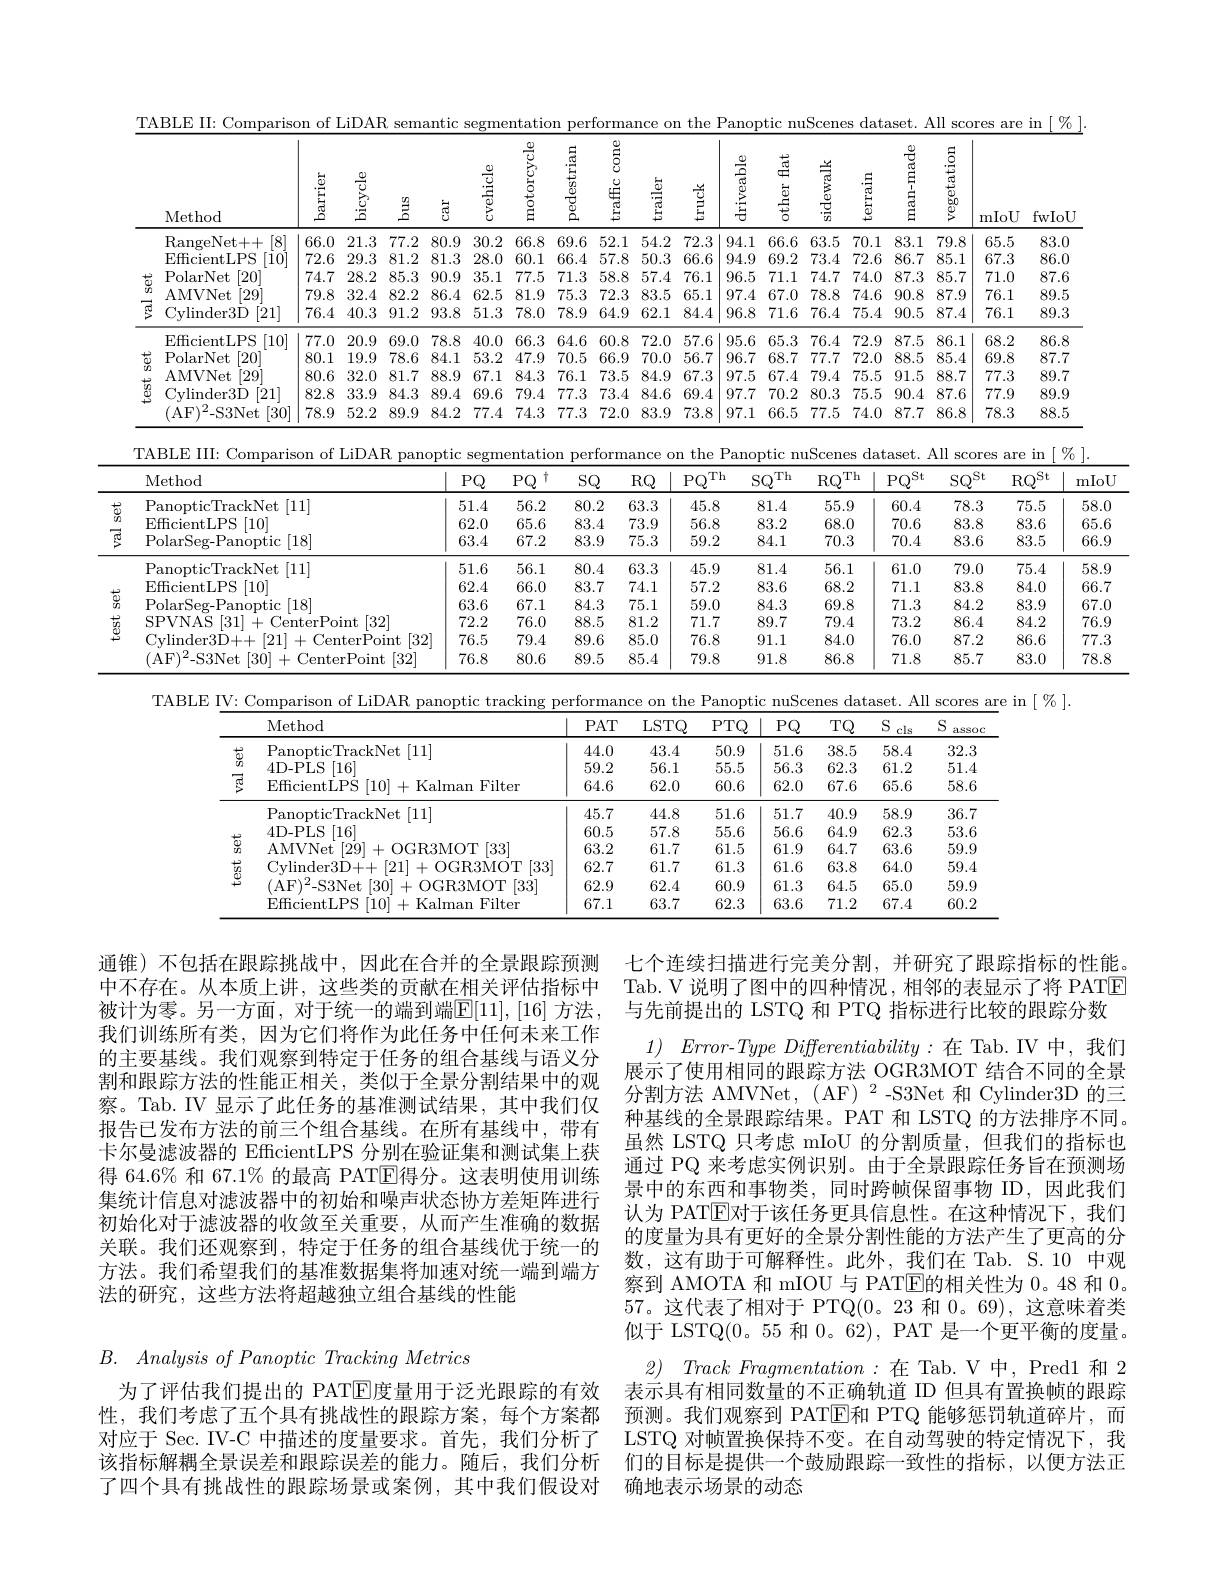
TABLE II: Comparison of LiDAR semantic segmentation performance on the Panoptic nuScenes dataset. All scores are in [ %
<table>
	<tbody>
		<tr>
			<th> </th>
			<th>Method</th>
			<th>barrier</th>
			<th>$\begin{array}{c}{\frac{0}{5}}\\{\frac{5}{5}}\\{\frac{5}{5}}\\{\frac{5}{5}}\end{array}$</th>
			<th>$\underline{等}$</th>
			<th>चु</th>
			<th>$\frac{12}{3}$ LVelll</th>
			<th>motorcycle</th>
			<th>pedestrian</th>
			<th>traffic cone</th>
			<th>$\begin{array}{c}{\frac{5}{5}}\\{\frac{6}{5}}\\{\frac{5}{5}}\end{array}$</th>
			<th>$\stackrel{\begin{array}{c}{\hline0}\\{\mathrm{B}}\end{array}}$</th>
			<th>$\operatorname{driveable}$</th>
			<th>driveable</th>
			<th>sidewalk</th>
			<th>$\operatorname{terrain}$</th>
			<th>man- made</th>
			<th>vegetation</th>
			<th>mIoU</th>
			<th>fwIoU</th>
		</tr>
		<tr>
			<td> </td>
			<td>[8] RangeNet+ + </td>
			<td>66.0</td>
			<td>1.3 7</td>
			<td>7.2 81</td>
			<td>).9 30</td>
			<td>.2 66</td>
			<td>66.8</td>
			<td>69.6</td>
			<td>52.1</td>
			<td>54.2</td>
			<td>72.3</td>
			<td>94.1</td>
			<td>4.1 6</td>
			<td>6 63.</td>
			<td>70.1</td>
			<td>83.1</td>
			<td>79.8</td>
			<td>65.5</td>
			<td>83.0</td>
		</tr>
		<tr>
			<td> </td>
			<td>$[10^{\cdot}]$ EfficientLPS</td>
			<td>72.6</td>
			<td>9.3 8</td>
			<td>1.2 8</td>
			<td>.3 28</td>
			<td>$i.0$ 60</td>
			<td>60.1</td>
			<td>66.4</td>
			<td>57.8</td>
			<td>50.3</td>
			<td>66.6</td>
			<td>94.9</td>
			<td>4.9 6</td>
			<td>73. 2</td>
			<td>72.6</td>
			<td>86.7</td>
			<td>85.1</td>
			<td>67.3</td>
			<td>86.0</td>
		</tr>
		<tr>
			<td>$\square$ + 1 $n1$</td>
			<td>[20] PolarNet</td>
			<td>74.7</td>
			<td>8.2 8</td>
			<td>5.3 9(</td>
			<td>).9 35</td>
			<td>77 1</td>
			<td>77.5</td>
			<td>71.3</td>
			<td>58.8</td>
			<td>57.4</td>
			<td>76.1</td>
			<td>96.5</td>
			<td>6.5 7</td>
			<td>1 74.</td>
			<td>74.0</td>
			<td>87.3 1</td>
			<td>85.7</td>
			<td>71.0</td>
			<td>87.6</td>
		</tr>
		<tr>
			<td>$vn$ -</td>
			<td>$\left|29\right|$ AMVNet</td>
			<td>79.8</td>
			<td>2.4 8</td>
			<td>2.2 8</td>
			<td>$j.4$ 62</td>
			<td>.5 81</td>
			<td>81.9</td>
			<td>75.3</td>
			<td>72.3</td>
			<td>83.5</td>
			<td>65.1</td>
			<td>97.4</td>
			<td>7.4 6</td>
			<td>78. 0</td>
			<td>74.6</td>
			<td>90.8 1</td>
			<td>87.9</td>
			<td>76.1</td>
			<td>89.5</td>
		</tr>
		<tr>
			<td></td>
			<td>Cylinder3D [21]</td>
			<td>76.4</td>
			<td>0.3 9</td>
			<td>1.2 9;</td>
			<td>51 3.8</td>
			<td>.3 78 </td>
			<td>78.0</td>
			<td>78.9</td>
			<td>64.9</td>
			<td>62.1</td>
			<td>84.4</td>
			<td>96.8</td>
			<td>6.8 7</td>
			<td>76. 6</td>
			<td>75.4</td>
			<td>90.5</td>
			<td>87.4</td>
			<td>76.1</td>
			<td>89.3</td>
		</tr>
		<tr>
			<td> </td>
			<td>EfficientLPS [10]</td>
			<td>77.0</td>
			<td>0.9 6</td>
			<td>9.0 $7i$</td>
			<td>3.8 40</td>
			<td>.0 66</td>
			<td>66.3</td>
			<td>64.6</td>
			<td>60.8</td>
			<td>72.0</td>
			<td>57.6</td>
			<td>95.6</td>
			<td>5.6 6</td>
			<td>3 76.</td>
			<td>72.9</td>
			<td>87.5</td>
			<td>86.1</td>
			<td>68.2</td>
			<td>86.8</td>
		</tr>
		<tr>
			<td rowspan="4">$\textbf{test set}$</td>
			<td>PolarNet [20]</td>
			<td>80.1</td>
			<td>9.9 7</td>
			<td>8.6 8</td>
			<td>1.1 53 </td>
			<td>$i.2$ 47</td>
			<td>47.9</td>
			<td>70.5</td>
			<td>66.9</td>
			<td>70.0</td>
			<td>56.7</td>
			<td>96.7</td>
			<td>6.7 6</td>
			<td>7 77.</td>
			<td>72.0</td>
			<td>88.5 1</td>
			<td>85.4</td>
			<td>69.8</td>
			<td>87.7</td>
		</tr>
		<tr>
			<td>AMVNet [29]</td>
			<td>80.6</td>
			<td>2.0 8</td>
			<td>1.7 8:</td>
			<td>3.9 67</td>
			<td>1 84</td>
			<td>84.3</td>
			<td>76.1</td>
			<td>73.5</td>
			<td>84.9</td>
			<td>67.3</td>
			<td>97.5</td>
			<td>7.5 6</td>
			<td>4 79.</td>
			<td>75.5</td>
			<td>91.5</td>
			<td>88.7</td>
			<td>77.3</td>
			<td>89.7</td>
		</tr>
		<tr>
			<td>Cylinder3D [21]</td>
			<td>82.8</td>
			<td>3.9 8</td>
			<td>4.3 8!</td>
			<td>).4 69</td>
			<td>.6 79</td>
			<td>79.4</td>
			<td>77.3</td>
			<td>73.4</td>
			<td>84.6</td>
			<td>69.4</td>
			<td>97.7</td>
			<td>7.7 7</td>
			<td>2 80.</td>
			<td>75.5</td>
			<td>90.4</td>
			<td>87.6</td>
			<td>77.9</td>
			<td>89.9</td>
		</tr>
		<tr>
			<td>(AF$)^2-$S3Net [30]</td>
			<td>78.9</td>
			<td>2.2 8</td>
			<td>9.9 8</td>
			<td>1.2 77</td>
			<td>.4 74</td>
			<td>74.3</td>
			<td>77.3</td>
			<td>72.0</td>
			<td>83.9</td>
			<td>73.8</td>
			<td>97.1</td>
			<td>7.1 6 </td>
			<td>77. 5</td>
			<td>74.0</td>
			<td>87.7 1</td>
			<td>86.8</td>
			<td>78.3</td>
			<td>88.5</td>
		</tr>
	</tbody>
</table>

TABLE III: Comparison of LiDAR
. the
nuScenes dataset. All scores are in$\lceil\%\rceil$
<table>
	<tbody>
		<tr>
			<th> </th>
			<th>Method</th>
			<th>1 $PQ$</th>
			<th>十 $PQ$</th>
			<th>$SQ$</th>
			<th>$\{\mathbb{Q}$ $Pi$</th>
			<th>$SQ^{\prime}$ Th</th>
			<th>$RQ$ Th</th>
			<th>$2^{\mathrm{St}}$ $PQ^{\xi}$</th>
			<th>$SQ^{\mathrm{St}}$</th>
			<th>$\mathrm{RQ}^{\mathrm{St}}$</th>
			<th>m</th>
		</tr>
		<tr>
			<td rowspan="3">$\overleftrightarrow{\omega}_{n}$ </td>
			<td>PanopticTrackNet [11]</td>
			<td>51.4</td>
			<td>56.2</td>
			<td>80.2</td>
			<td>3.3 4</td>
			<td>81.4</td>
			<td>55.9</td>
			<td>60.4</td>
			<td>78.3</td>
			<td>75.5</td>
			<td>58</td>
		</tr>
		<tr>
			<td>Fffrie ntLPS [10]</td>
			<td>62.0</td>
			<td>65.6</td>
			<td>83.4</td>
			<td>3.9 5</td>
			<td>83.2</td>
			<td>68.0</td>
			<td>70.6</td>
			<td>83.8</td>
			<td>83.6</td>
			<td>6!</td>
		</tr>
		<tr>
			<td>PolarSeg- Panoptic [ 18] </td>
			<td>63.4</td>
			<td>67.2</td>
			<td>83.9</td>
			<td>5.3 5</td>
			<td>84.1</td>
			<td>70.3</td>
			<td>70.4</td>
			<td>83.6</td>
			<td>83.5</td>
			<td>$6\epsilon$</td>
		</tr>
		<tr>
			<td rowspan="6">$\begin{array}{c}{\frac{50}{3}}\\{\frac{10}{3}}\end{array}$ 蘊</td>
			<td>PanopticTrackNet [ 11] </td>
			<td>51.6</td>
			<td>56.1</td>
			<td>80.4</td>
			<td>3.3 4</td>
			<td>81.4</td>
			<td>56.1</td>
			<td>61.0</td>
			<td>79.0</td>
			<td>75.4</td>
			<td>58</td>
		</tr>
		<tr>
			<td>Fffrie ntLPS [10]</td>
			<td>62.4</td>
			<td>66.0</td>
			<td>83.7</td>
			<td>4.1 5</td>
			<td>83.6</td>
			<td>68.2</td>
			<td>71.1</td>
			<td>83.8</td>
			<td>84.0</td>
			<td>$6t$</td>
		</tr>
		<tr>
			<td>PolarSe ${\mathrm{noptic}}\left[18\right]$</td>
			<td>63.6</td>
			<td>67.1</td>
			<td>84.3</td>
			<td>5.1 5</td>
			<td>84.3</td>
			<td>69.8</td>
			<td>71.3</td>
			<td>84.2</td>
			<td>83.9</td>
			<td>67</td>
		</tr>
		<tr>
			<td>SPVNAS 31 oint $\lceil32\rceil$ $\because P$</td>
			<td>72.2</td>
			<td>76.0</td>
			<td>88.5</td>
			<td>1.2 7</td>
			<td>89.7</td>
			<td>79.4</td>
			<td>73.2</td>
			<td>86.4</td>
			<td>84.2</td>
			<td>$7\epsilon$</td>
		</tr>
		<tr>
			<td>TT rlinder31 21 $i\boldsymbol{PI}$ rPoint |32</td>
			<td>76.5</td>
			<td>79.4</td>
			<td>89.6</td>
			<td>5.0 7</td>
			<td>91.1</td>
			<td>84.0</td>
			<td>76.0</td>
			<td>87.2</td>
			<td>86.6</td>
			<td>777</td>
		</tr>
		<tr>
			<td>$AH$ [32] S3Net 30 $rP_{\mathrm{oint}}$</td>
			<td>76.8</td>
			<td>80.6</td>
			<td>89.5</td>
			<td>5.4 7</td>
			<td>91.8</td>
			<td>86.8</td>
			<td>71.8</td>
			<td>85.7</td>
			<td>83.0</td>
			<td>78</td>
		</tr>
	</tbody>
</table>

<table>
	<tbody>
		<tr>
			<th> </th>
			<th>Method</th>
			<th>$PAT$</th>
			<th>$LSTQ$</th>
			<th>$PTQ$</th>
			<th>$PQ$</th>
			<th>$TQ$</th>
			<th>S cls</th>
			<th>S assoo</th>
		</tr>
		<tr>
			<td>六</td>
			<td>PanopticTrackNet[11]</td>
			<td>44.0</td>
			<td>43.4</td>
			<td>50.9</td>
			<td>51.6</td>
			<td>38.5</td>
			<td>58.4</td>
			<td>32.3</td>
		</tr>
		<tr>
			<td rowspan="2">$出$ 1 1 $লুর$</td>
			<td>4D-PLS :[16]</td>
			<td>59.2</td>
			<td>56.1</td>
			<td>55.5</td>
			<td>56.3</td>
			<td>62.3</td>
			<td>61.2</td>
			<td>51.4</td>
		</tr>
		<tr>
			<td>EfficientLPS [ 10] + Kalman Filter</td>
			<td>64.6</td>
			<td>62.0</td>
			<td>60.6</td>
			<td>62.0</td>
			<td>67.6</td>
			<td>65.6</td>
			<td>58.6</td>
		</tr>
		<tr>
			<td rowspan="6">$\begin{array}{c}{\begin{array}{cc}{\overleftrightarrow{0}}\\{\overrightarrow{0}}\\{\overrightarrow{0}}\\{\overrightarrow{9}}\\{+\overrightarrow{9}}\end{array}}\\{\downarrow}\\\end{array}$</td>
			<td>PanopticTrackNet [11]</td>
			<td>45.7</td>
			<td>44.8</td>
			<td>51.6</td>
			<td>51.7</td>
			<td>40.9</td>
			<td>58.9</td>
			<td>36.7</td>
		</tr>
		<tr>
			<td>$AD_{\mathrm{PT}}$S 5 [16]</td>
			<td>60.5</td>
			<td>57.8</td>
			<td>55.6</td>
			<td>56.6</td>
			<td>64.9</td>
			<td>62.3</td>
			<td>53.6</td>
		</tr>
		<tr>
			<td>20 [33 $AMVN$ M(T)</td>
			<td>63.2</td>
			<td>61.7</td>
			<td>61.5</td>
			<td>61.9</td>
			<td>64.7</td>
			<td>63.6</td>
			<td>59.9</td>
		</tr>
		<tr>
			<td>vlinder3D OGR3MOT |33 21</td>
			<td>62.7</td>
			<td>61.7</td>
			<td>61.3</td>
			<td>61.6</td>
			<td>63.8</td>
			<td>64.0</td>
			<td>59.4</td>
		</tr>
		<tr>
			<td>[33] $AB=\angle A$ 30 $\{M(T)$</td>
			<td>62.9</td>
			<td>62.4</td>
			<td>60.9</td>
			<td>61.3</td>
			<td>64.5</td>
			<td>65.0</td>
			<td>59.9</td>
		</tr>
		<tr>
			<td>$H.H_{\mathrm{o}}$ 111 Filter almam</td>
			<td>67.1</td>
			<td>63.7</td>
			<td>62.3</td>
			<td>63.6</td>
			<td>71.2</td>
			<td>67.4</td>
			<td>60.2</td>
		</tr>
	</tbody>
</table>

通锥)不包括在跟踪挑战中，因此在合并的全景跟踪预测中不存在。从本质上讲，这些类的贡献在相关评估指标中被计为零。另一方面，对于统一的端到端$\overline{\mathbb{E}}[11],[16]$ 方法我们训练所有类，因为它们将作为此任务中任何未来工作的主要基线。我们观察到特定于任务的组合基线与语义分割和跟踪方法的性能正相关，类似于全景分割结果中的观察。Tab. IV 显示了此任务的基准测试结果，其中我们仅报告已发布方法的前三个组合基线。在所有基线中，带有卡尔曼滤波器的 EfficientLPS 分别在验证集和测试集上获得 64.6% 和 67.1% 的最高 PATE得分。这表明使用训练集统计信息对滤波器中的初始和噪声状态协方差矩阵进行初始化对于滤波器的收敛至关重要，从而产生准确的数据关联。我们还观察到，特定于任务的组合基线优于统一的方法。我们希望我们的基准数据集将加速对统一端到端方法的研究，这些方法将超越独立组合基线的性能

七个连续扫描进行完美分割，并研究了跟踪指标的性能。Tab. V 说明了图中的四种情况，相邻的表显示了将 PATE 与先前提出的 LSTQ 和 PTQ 指标进行比较的跟踪分数
1) $Error- Type\textit{Differentiability: 在 Tab. IV 中 , 我 们 }$ 展示了使用相同的跟踪方法 OGR3MOT 结合不同的全景分割方法 AMVNet, (AF) 2-S3Net 和 Cylinder3D 的三种基线的全景跟踪结果。PAT 和 LSTQ 的方法排序不同。虽然 LSTQ 只考虑 mIoU 的分割质量，但我们的指标也通过 PQ 来考虑实例识别。由于全景跟踪任务旨在预测场景中的东西和事物类，同时跨帧保留事物 ID ,因此我们认为 PATE对于该任务更具信息性。在这种情况下，我们的度量为具有更好的全景分割性能的方法产生了更高的分数，这有助于可解释性。此外，我们在 Tab. S.10 中观察到 AMOTA 和 mIOU 与 PATE的相关性为0。48和0。57。这代表了相对于 PTQ(0。23 和0。69),这意味着类似于 LSTQ(0。55 和0。62), PAT 是一个更平衡的度量。
2) $Track\textit{Fragmentation: 在 Tab. V中 , Pred1 和 2}$ 表示具有相同数量的不正确轨道 ID 但具有置换帧的跟踪预测。我们观察到 PATE和 PTQ 能够惩罚轨道碎片，而LSTQ 对帧置换保持不变。在自动驾驶的特定情况下，我们的目标是提供一个鼓励跟踪一致性的指标，以便方法正确地表示场景的动态

$B.$ $Analysis\textit{ of Panoptic Tracking Metrics}$

为了评估我们提出的 PAT$\overline{\mathrm{E}}$度量用于泛光跟踪的有效性，我们考虑了五个具有挑战性的跟踪方案，每个方案都对应于 Sec. IV-C 中描述的度量要求。首先，我们分析了该指标解耦全景误差和跟踪误差的能力。随后，我们分析了四个具有挑战性的跟踪场景或案例，其中我们假设对